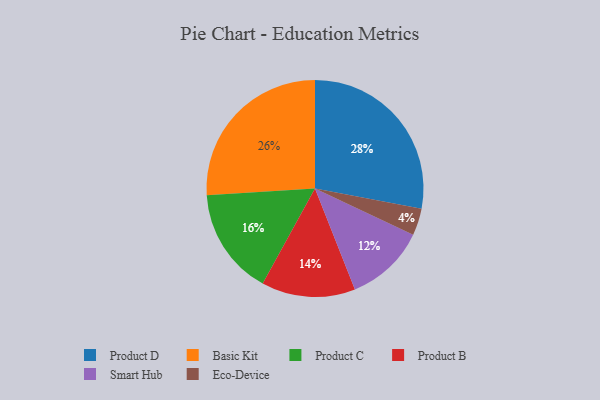
{"axis": {"x": "Category", "y": "Percentage"}, "legend": ["Basic Kit", "Eco-Device", "Product B", "Product C", "Product D", "Smart Hub"], "data": [{"x": "Smart Hub", "y": 12, "type": "Smart Hub"}, {"x": "Basic Kit", "y": 26, "type": "Basic Kit"}, {"x": "Product D", "y": 28, "type": "Product D"}, {"x": "Eco-Device", "y": 4, "type": "Eco-Device"}, {"x": "Product B", "y": 14, "type": "Product B"}, {"x": "Product C", "y": 16, "type": "Product C"}]}